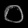
Digit: ၀